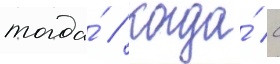
тогда́ / когда́ с